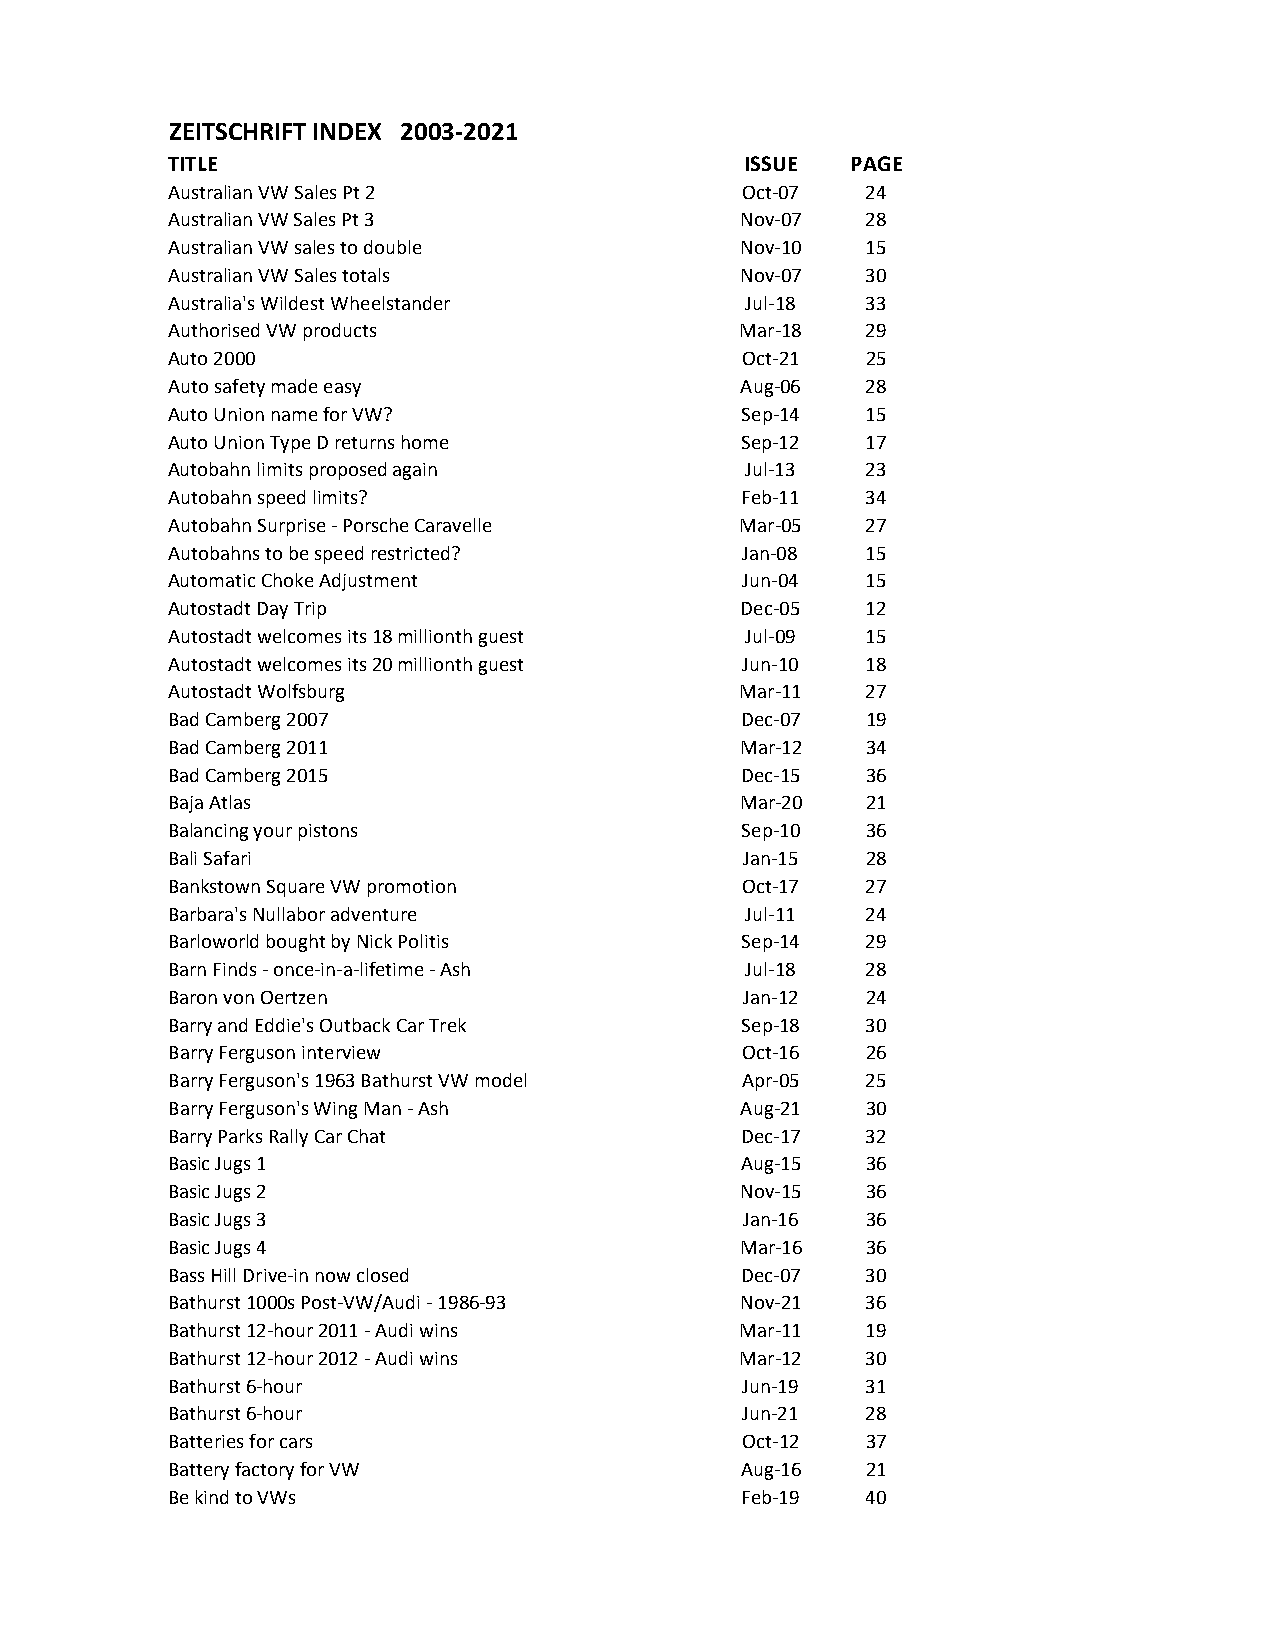
ZEITSCHRIFT INDEX 2003-2021
 TITLE                                 ISSUE  PAGE
 Australian VW Sales Pt 2              Oct-07  24
 Australian VW Sales Pt 3              Nov-07  28
 Australian VW sales to double         Nov-10  15
 Australian VW Sales totals            Nov-07  30
 Australia's Wildest Wheelstander      Jul-18  33
 Authorised VW products                Mar-18  29
 Auto 2000                             Oct-21  25
 Auto safety made easy                 Aug-06  28
 Auto Union name for VW?               Sep-14  15
 Auto Union Type D returns home        Sep-12  17
 Autobahn limits proposed again        Jul-13  23
 Autobahn speed limits?                Feb-11  34
 Autobahn Surprise - Porsche Caravelle Mar-05  27
 Autobahns to be speed restricted?     Jan-08  15
 Automatic Choke Adjustment            Jun-04  15
 Autostadt Day Trip                    Dec-05  12
 Autostadt welcomes its 18 millionth guest Jul-09 15
 Autostadt welcomes its 20 millionth guest Jun-10 18
 Autostadt Wolfsburg                   Mar-11  27
 Bad Camberg 2007                      Dec-07  19
 Bad Camberg 2011                      Mar-12  34
 Bad Camberg 2015                      Dec-15  36
 Baja Atlas                            Mar-20  21
 Balancing your pistons                Sep-10  36
 Bali Safari                           Jan-15  28
 Bankstown Square VW promotion         Oct-17  27
 Barbara's Nullabor adventure          Jul-11  24
 Barloworld bought by Nick Politis     Sep-14  29
 Barn Finds - once-in-a-lifetime - Ash Jul-18  28
 Baron von Oertzen                     Jan-12  24
 Barry and Eddie's Outback Car Trek    Sep-18  30
 Barry Ferguson interview              Oct-16  26
 Barry Ferguson's 1963 Bathurst VW model Apr-05 25
 Barry Ferguson's Wing Man - Ash       Aug-21  30
 Barry Parks Rally Car Chat            Dec-17  32
 Basic Jugs 1                          Aug-15  36
 Basic Jugs 2                          Nov-15  36
 Basic Jugs 3                          Jan-16  36
 Basic Jugs 4                          Mar-16  36
 Bass Hill Drive-in now closed         Dec-07  30
 Bathurst 1000s Post-VW/Audi - 1986-93 Nov-21  36
 Bathurst 12-hour 2011 - Audi wins     Mar-11  19
 Bathurst 12-hour 2012 - Audi wins     Mar-12  30
 Bathurst 6-hour                       Jun-19  31
 Bathurst 6-hour                       Jun-21  28
 Batteries for cars                    Oct-12  37
 Battery factory for VW                Aug-16  21
 Be kind to VWs                        Feb-19  40